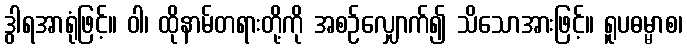
ဒွါရအာရုံဖြင့်။ ဝါ၊ ထိုနာမ်တရားတို့ကို အစဉ်လျှောက်၍ သိသောအားဖြင့်။ ရူပဓမ္မာစ၊